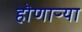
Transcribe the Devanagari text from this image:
हॊणाऱ्या